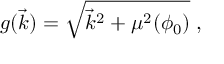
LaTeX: g ( \vec { k } ) = \sqrt { { \vec { k } } ^ { 2 } + \mu ^ { 2 } ( \phi _ { 0 } ) } \; ,